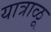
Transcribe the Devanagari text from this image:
यात्राळू